Scottish Leaving Certificate Examination, 1961
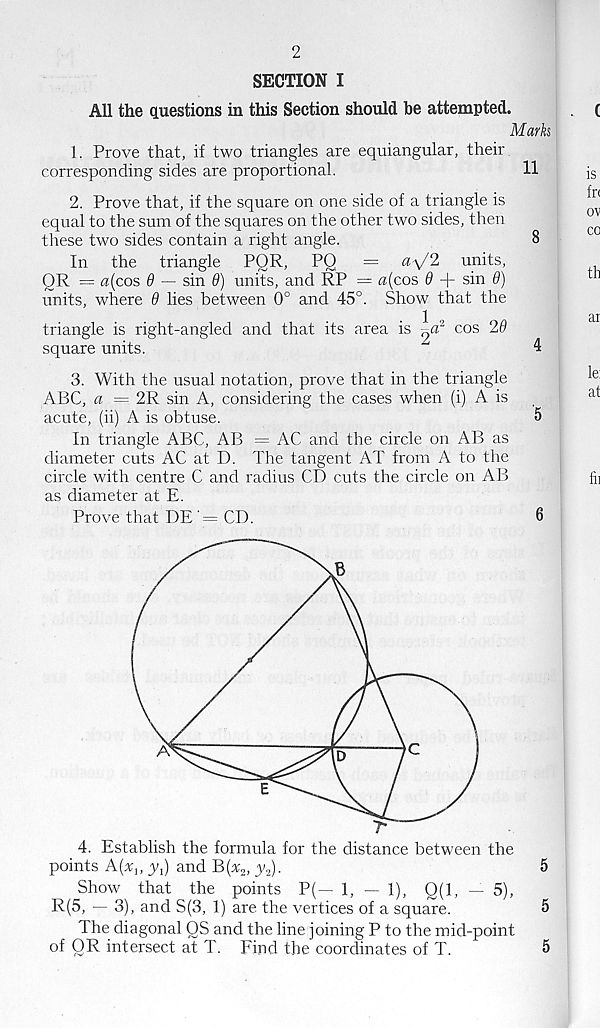
2
SECTION I
All the questions in this Section should be attempted.
Marks
1. Prove that, if two triangles are equiangular, their
corresponding sides are proportional.
11
2. Prove that, if the square on one side of a triangle is
equal to the sum of the squares on the other two sides, then
these two sides contain a right angle.
8
In the triangle PQR,
PQ
= ay'2 units,
QR = a(cos 6 — sin 6) units, and RP = «(cos 9 + sin 9)
units, where 6 lies between 0° and 45°. Show that the
triangle is right-angled and that its area is
cos 29
square units.
""
4
3. With the usual notation, prove that in the triangle
ABC, a = 2R sin A, considering the cases when (i) A is
acute, (ii) A is obtuse.
5
In triangle ABC, AB = AC and the circle on AB as
diameter cuts AC at D. The tangent AT from A to the
circle with centre C and radius CD cuts the circle on AB
as diameter at E.
Prove that DE '= CD.
6
4. Establish the formula for the distance between the
points A(x u
and B(x 2 , y 2 ).
5
Show that the points P(— 1, — 1), Q(l, — 5),
R(5, — 3), and S(3, 1) are the vertices of a square.
5
The diagonal OS and the line joining P to the mid-point
of QR intersect at T. Find the coordinates of T.
5